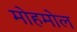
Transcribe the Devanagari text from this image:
मोहमोल